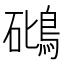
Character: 𥖧